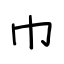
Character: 巾